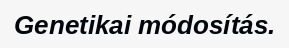
Genetikai módosítás.